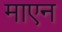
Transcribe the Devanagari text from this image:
माएन